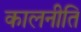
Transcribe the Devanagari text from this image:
कालनीति